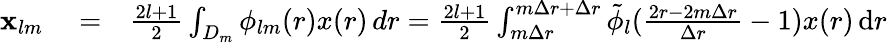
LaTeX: \begin{array}{rlr}{\mathbf{x}_{lm}}&{{}=}&{\frac{2l+1}{2}\int_{D_{m}}\phi_{lm}(r)x(r)\, dr=\frac{2l+1}{2}\int_{m\Delta r}^{m\Delta r+\Delta r}\tilde{\phi}_{l}(\frac{2r-2m\Delta r}{\Delta r}-1)x(r)\, \mathrm{d}r}\end{array}